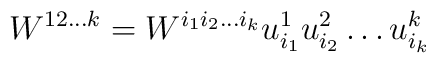
W^{12\ldots k} = W^{i_1i_2\ldots i_k} u^1_{i_1}u^2_{i_2}\ldots u^k_{i_k}